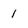
Character: 1